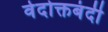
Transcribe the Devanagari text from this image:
वेदोक्तबंदी